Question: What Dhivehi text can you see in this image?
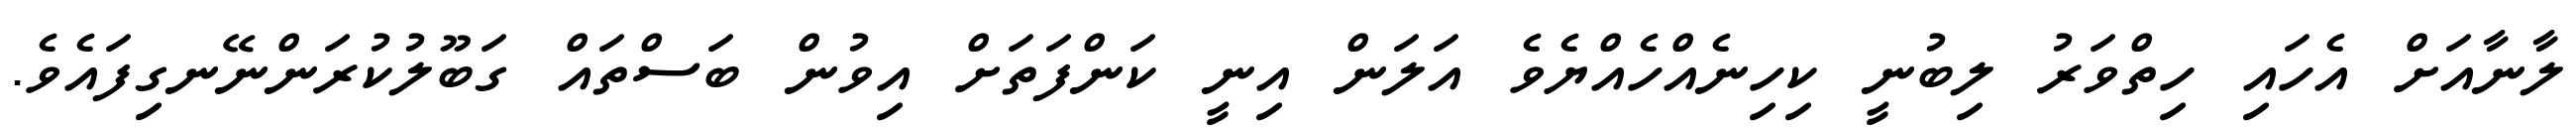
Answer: ލާނާއަށް އެހައި ހިތްވަރު ލިބުނީ ކިހިނެއްހެއްޔެވެ އަލަން އިނީ ކަންފަތަށް އިވުން ބަސްތައް ގަބޫލުކުރަންނޭނގިފައެވެ.